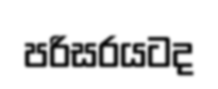
පරිසරයටද